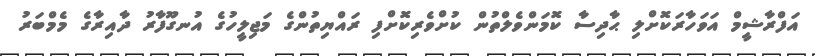
އަފްރާޝީމް އަވަހާރަކޮށްލި ޙާދިސާ ކޮމަންވެލްތުން ކުށްވެރިކޮށްފި ރައްޔިތުންގެ މަޖިލީހުގެ އުނގޫފާރު ދާއިރާގެ މެމްބަރު